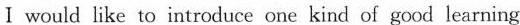
Ⅰ would like to introduce one kind of good learning